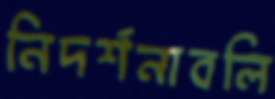
নিদর্শনাবলি